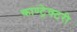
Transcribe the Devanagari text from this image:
काण्ट्रेक्टरी